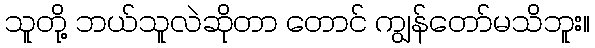
သူတို့ ဘယ်သူလဲဆိုတာ တောင် ကျွန်တော်မသိဘူး။